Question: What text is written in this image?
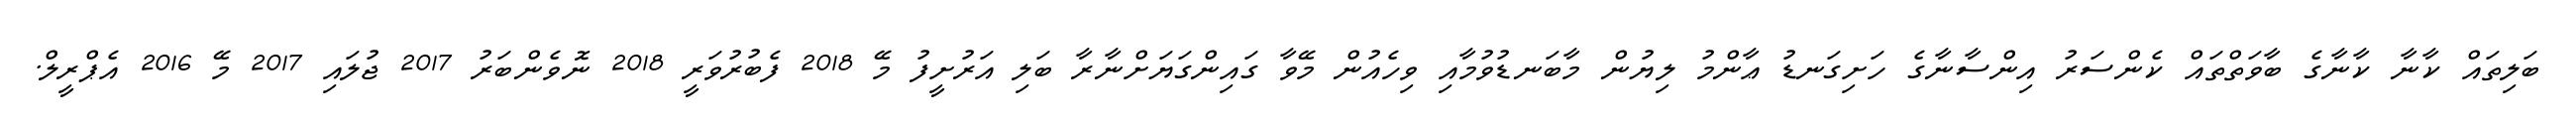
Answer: ބަލިތައް ކާނާ ކާނާގެ ބާވަތްތައް ކެންސަރު އިންސާނާގެ ހަށިގަނޑު ޢާންމު ލިޔުން މާބަނޑުވުމާއި ވިހެއުން މޭވާ ގައިންގަޔަށްނާރާ ބަލި އަރުށީފު މޭ 2018 ފެބުރުވަރީ 2018 ނޮވެންބަރު 2017 ޖުލައި 2017 މޭ 2016 އެޕްރީލް.